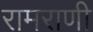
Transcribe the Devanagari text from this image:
रामराणी